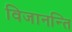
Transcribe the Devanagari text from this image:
विजानन्ति